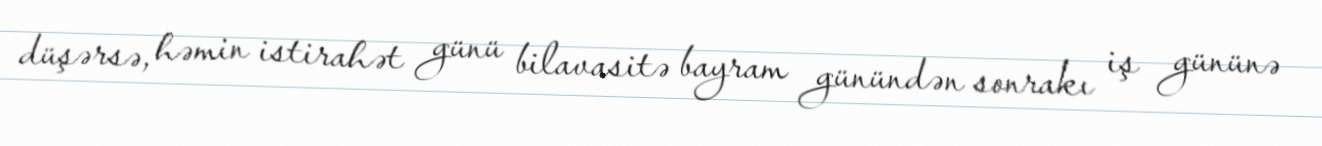
düşərsə, həmin istirahət günü bilavasitə bayram günündən sonrakı iş gününə